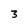
Character: 3